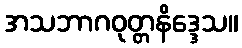
အသဘာဂဝုတ္တနိဒ္ဒေသ။